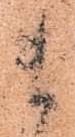
ま